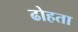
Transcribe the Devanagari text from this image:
ढोहता